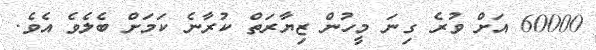
60000 އަށް ވުރެ ގިނަ މީހުން ޒިޔާރަތް ކުރާނެ ކަމަށް ބެލެވެ އެވެ.